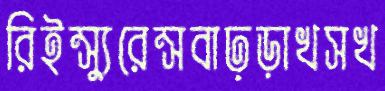
রিইন্স্যুরেন্সবাঢ়ড়াখসখ